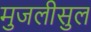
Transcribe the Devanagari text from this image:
मुजलीसुल